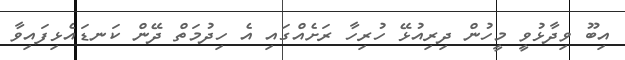
އިބޫ ވިދާޅުވީ މީހުން ދިރިއުޅޭ ހުރިހާ ރަށެއްގައި އެ ހިދުމަތް ދޭން ކަނޑައެޅިފައިވާ